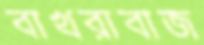
বাখরাবাজ